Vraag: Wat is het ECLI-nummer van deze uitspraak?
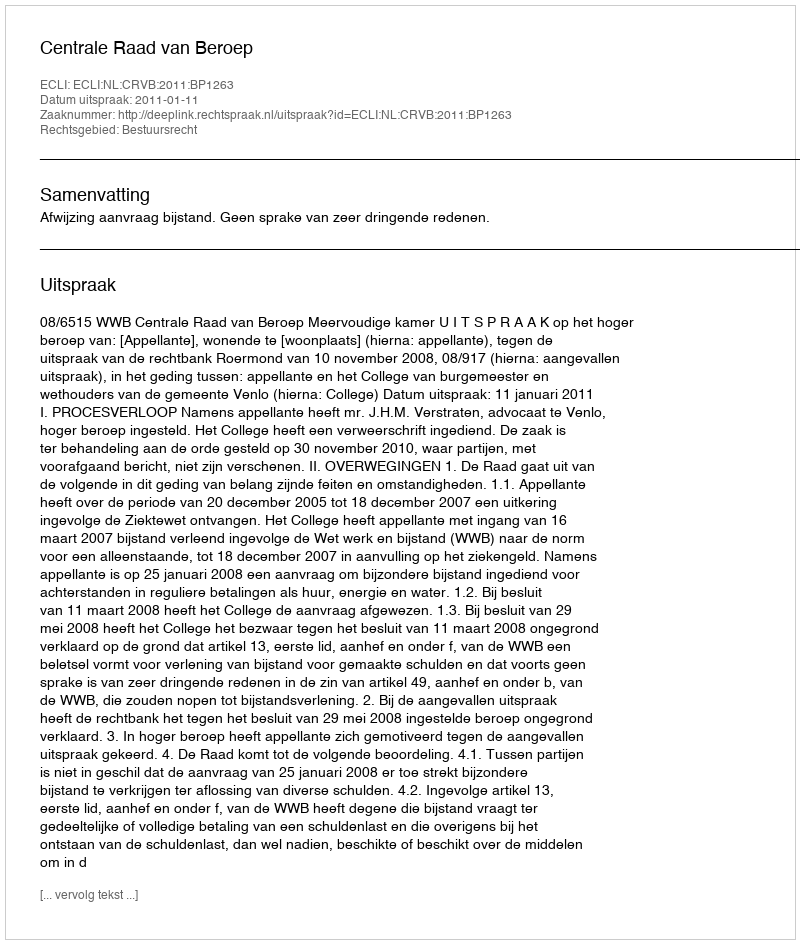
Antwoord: ECLI:NL:CRVB:2011:BP1263